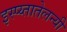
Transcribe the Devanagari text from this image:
इस्प्य्तातेलन्यी